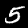
Label: 5